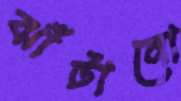
ঝাঁটানো